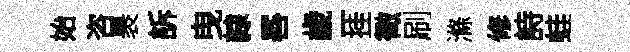
始咨褁訴曳隸晷歲一挂徵刷滌修詩蛙